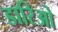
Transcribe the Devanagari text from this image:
डारिओ